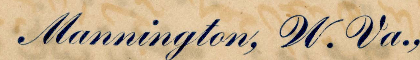
Mannington, W. Va.,